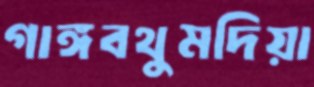
গাঙ্গবথুমদিয়া